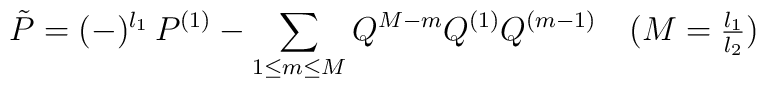
\tilde{P} = (-)^{l_{1}}\,P^{(1)} - \sum_{1 \leq m \leq M } Q^{M-m} Q^{(1)} Q^{(m-1)}\quad (M = \mbox{$\frac{l_{1}}{l_{2}}$})